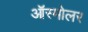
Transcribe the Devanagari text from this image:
ऑस्मोलर